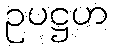
ဥပဋ္ဌဟ